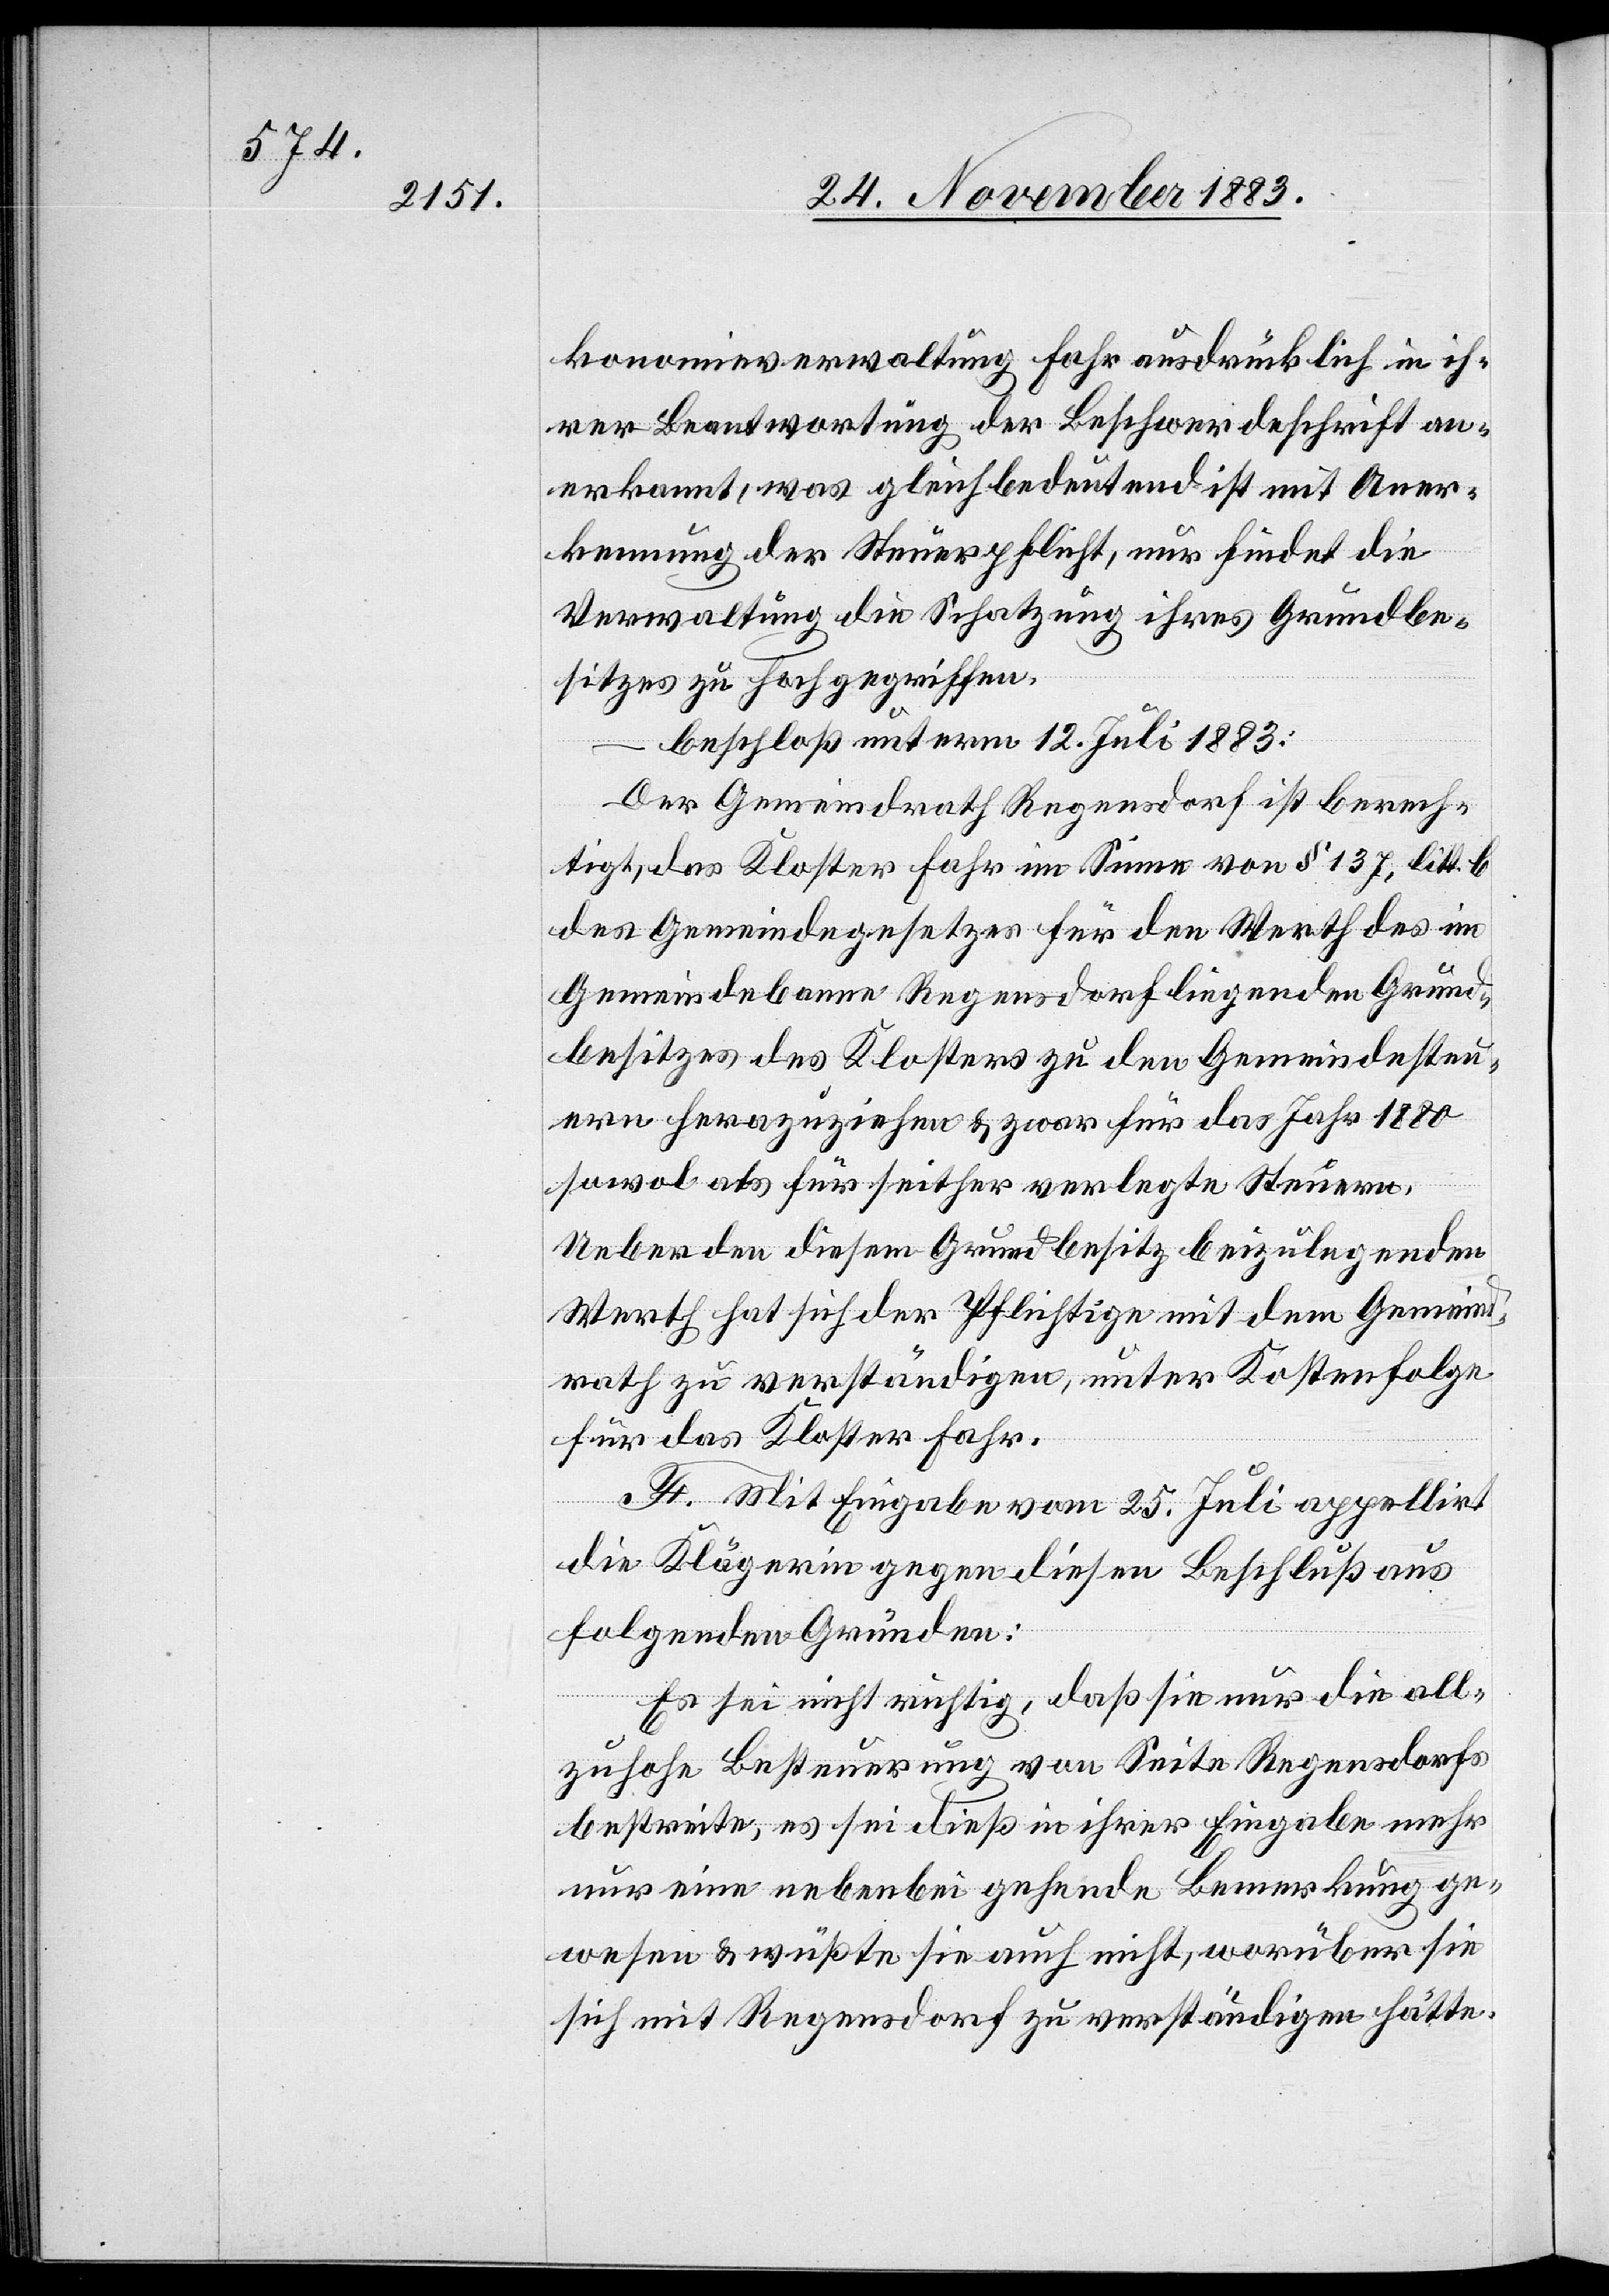
konomieverwaltung Fahr ausdrücklich in ih¬
rer Beantwortung der Beschwerdeschrift an¬
erkannt, was gelichbedeutend ist mit Aner¬
kennung der Steuerpflicht, nur findet die
Verwaltung die Schatzung ihres Grundbe¬
sitzes zu hoch gegriffen.
beschloß unterm 12. Juli 1883:
Der Gemeindrath Regensdorf ist berech¬
tigt, das Kloster Fahr im Sinne von § 137, litt. b
des Gemeindegesetzes für den Werth des im
Gemeindebanne Regensdorf liegenden Grund¬
besitzer des Klosters zu den Gemeindesteu¬
ern heranzuziehen & zwar für das Jahr 1880
sowol als für seither verlegte Steuern.
Ueber den diesem Grundbesitz beizulegenden
Werth hat sich der Pflichtige mit dem Gemeind¬
rath zu verständigen, unter Kostenfolge
für das Kloster Fahr.
F. Mit Eingabe vom 25. Juli appellirt
die Klägerin gegen diesen Beschluß aus
folgenden Gründen:
Es sei nicht richtig, daß sie nur die all¬
zu hohe Besteuerung von Seite Regensdorfs
bestreite, es sei dieß in ihrer Eingabe mehr
nur eine nebenbei gehende Bemerkung ge¬
wesen & wüßte sie auch nicht, worüber sie
sich mit Regensdorf zu verständigen hätte.